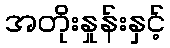
အတိုးနှုန်းနှင့်